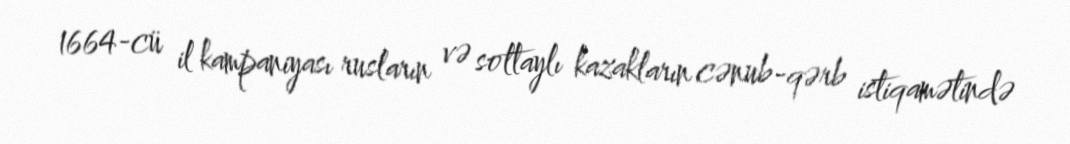
1664-cü il kampaniyası rusların və soltaylı kazakların cənub-qərb istiqamətində